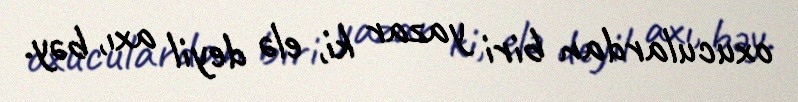
oxuculardan biri yazar ki, elə deyil axı, bəy.